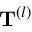
\mathbf { T } ^ { ( l ) }